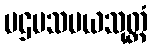
ပဌမသမယသုတ္တံ